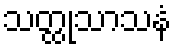
သတ္ထုသာသနံ